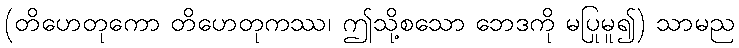
(တိဟေတုကော တိဟေတုကဿ၊ ဤသို့စသော ဘေဒကို မပြုမူ၍) သာမည